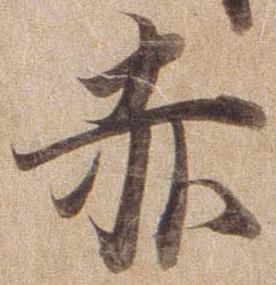
赤